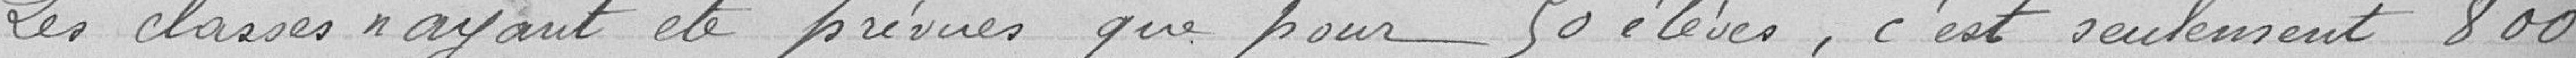
Les classes ayant été prévues que pour 50 élèves, c'est seulement 800